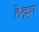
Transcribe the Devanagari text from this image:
हेक्ला